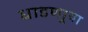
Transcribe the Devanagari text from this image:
धाडणार्‍या